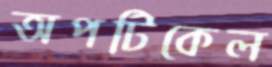
অপটিকেল